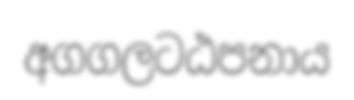
අගගලටඨපනාය